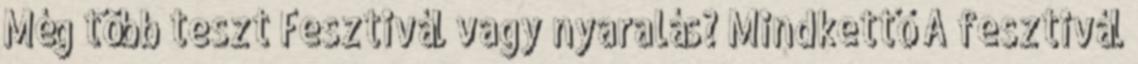
Még több teszt Fesztivál vagy nyaralás? Mindkettő A fesztivál